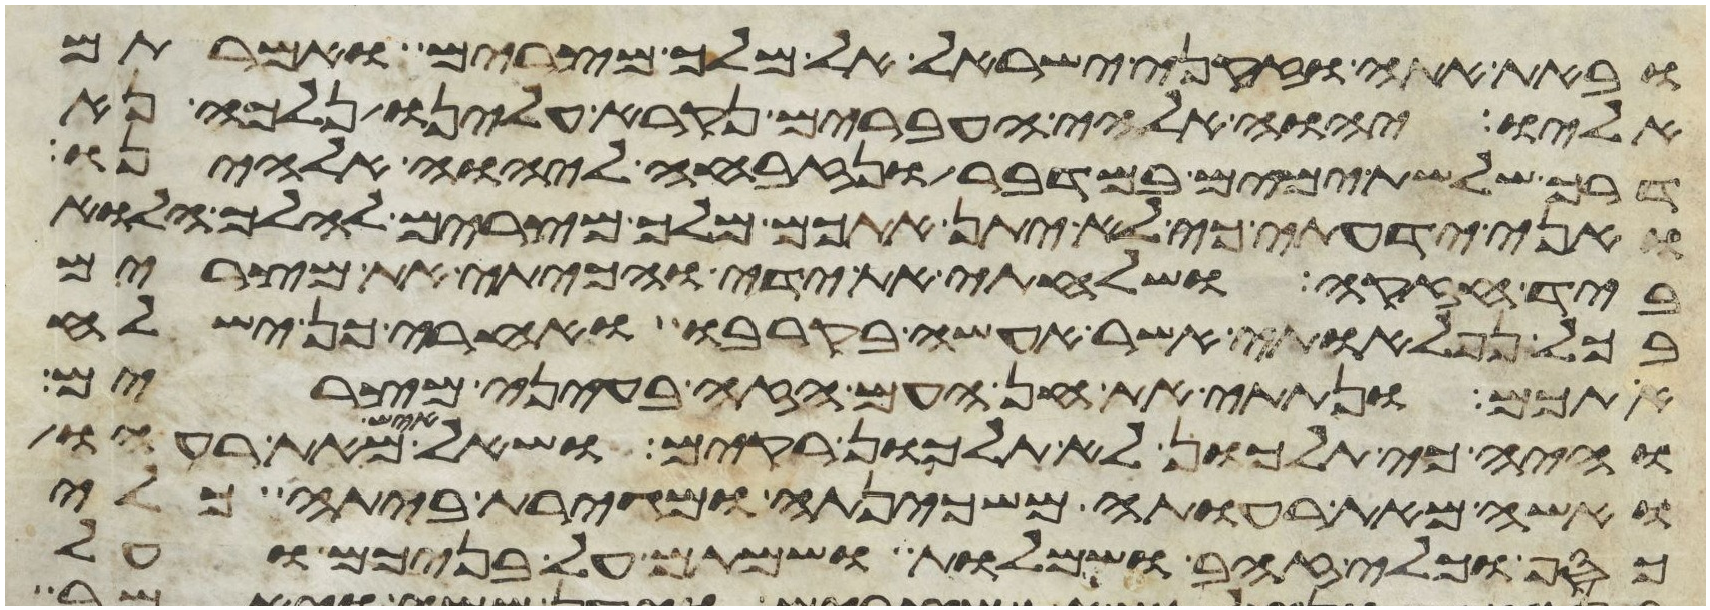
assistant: ובאת אתה וזקני ישראל אל מלך מצרים ואמרתם
אליו יהוה אלהי העברים נקרא עלינו נלכה נא
דרך שלשת ימים במדבר ונזבחה ליהוה אלהינו
ואני ידעתי כי לא יתן אתכם מלך מצרים להלך הלוא
ביד חזקה ושלחתי את ידי והכיתי את מצרים
בכל נפלאותי אשר אעשה בקרבו ואחרי כן ישלח
אתכם ונתתי את חן העם הזה בעיני מצרים
והיה כי תלכון לא תלכון רקים ושאל איש מאת רעהו
ואשה מאת רעותה משכינתה ומגירת ביתה כלי
כסף וכלי זהב ושמלות ושמתם על בניכם ועל